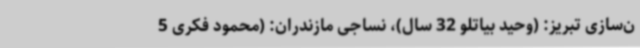
ن‌سازی تبریز: (وحید بیاتلو 32 سال)، نساجی مازندران: (محمود فکری 5